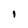
Character: 1